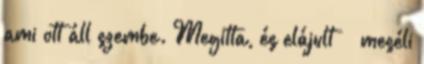
ami ott áll szembe. Megitta, és elájult” – meséli